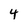
Character: 4